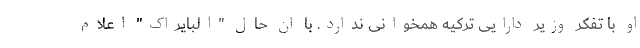
او با تفکر وزیر دارایی ترکیه همخوانی ندارد. با ان حال "البایراک" اعلام